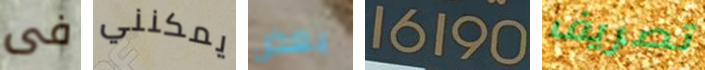
فى يمكنني بعض 16190 تصريف